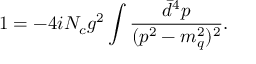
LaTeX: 1 = - 4 i N _ { c } g ^ { 2 } \int \frac { \bar { d } ^ { 4 } p } { ( p ^ { 2 } - m _ { q } ^ { 2 } ) ^ { 2 } } .